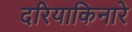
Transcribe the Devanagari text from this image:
दरियाकिनारे